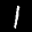
Label: 1